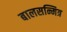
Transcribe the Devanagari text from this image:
बालसन्मित्र